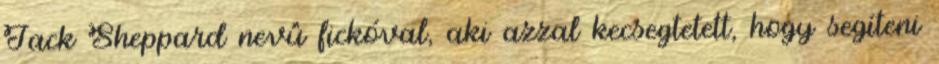
Jack Sheppard nevû fickóval, aki azzal kecsegtetett, hogy segíteni